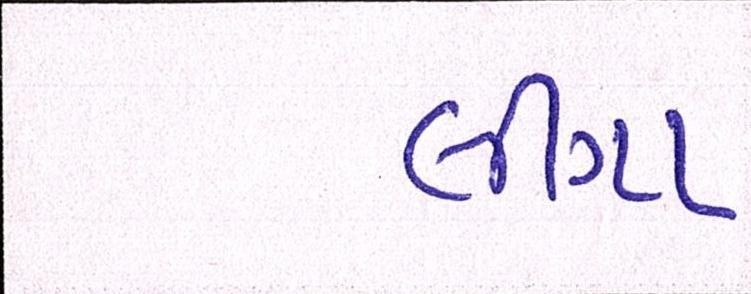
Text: લીગા